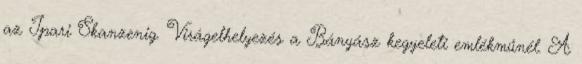
az Ipari Skanzenig. Virágelhelyezés a Bányász kegyeleti emlékműnél. A